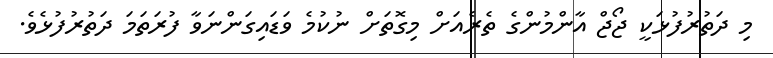
މި ދަތުރުފުޅަކީ ޖޯޖް އާންމުންގެ ތެރެއަށް މިގޮތަށް ނުކުމެ ވަޑައިގަންނަވާ ފުރަތަމަ ދަތުރުފުޅެވެ.